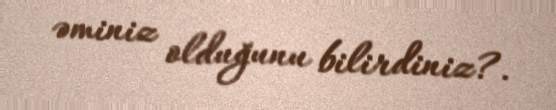
əminiz olduğunu bilirdiniz?.